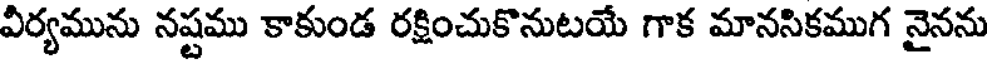
విర్యమును నష్టము కాకుండ రక్షించుకొనుటయే గాక మానసికముగ నైనను